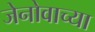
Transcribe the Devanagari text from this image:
जेनोवाच्या